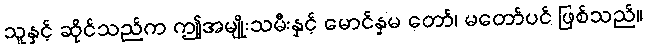
သူနှင့် ဆိုင်သည်က ဤအမျိုးသမီးနှင့် မောင်နှမ တော်၊ မတော်ပင် ဖြစ်သည်။